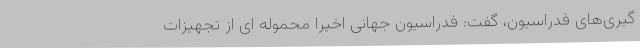
گیری‌های فدراسیون، گفت: فدراسیون جهانی اخیرا محموله ای از تجهیزات